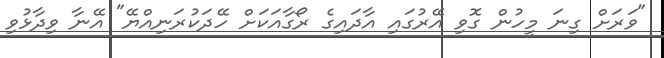
"ވަރަށް ގިނަ މީހުން ގޮވި އޭރުގައި އާދައިގެ ރޯގާއަކަށް ހޭދަކުރަނިއްޔޭ" އޭނާ ވިދާޅުވި